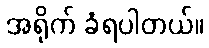
အရိုက် ခံရပါတယ်။